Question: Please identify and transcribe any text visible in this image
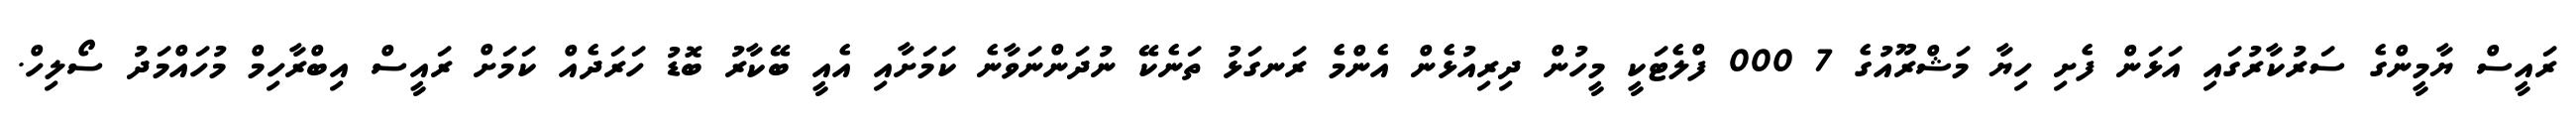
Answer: ރައީސް ޔާމީންގެ ސަރުކާރުގައި އަޅަން ފެށި ހިޔާ މަޝްރޫއުގެ 7 000 ފްލެޓަކީ މީހުން ދިރިއުޅެން އެންމެ ރަނގަޅު ތަނެކޭ ނުދަންނަވާނެ ކަމަށާއި އެއީ ބޭކާރު ބޮޑު ހަރަދެއް ކަމަށް ރައީސް އިބްރާހިމް މުހައްމަދު ސޯލިހް.